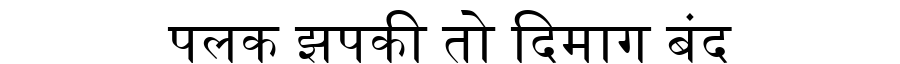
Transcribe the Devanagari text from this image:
पलक झपकी तो दिमाग बंद